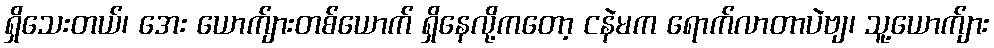
ရှိသေးတယ်၊ အေး ယောက်ျားတစ်ယောက် ရှိနေလို့ကတော့ ငနဲမက ရောက်လာတာပဲဗျ၊ သူ့ယောက်ျား